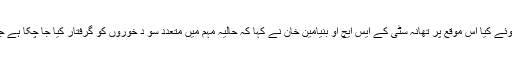
ان خیالات کا اظہار انہوں نے میڈیا کے نمائندوں سے گفتگو کرتے ہوئے کیا اس موقع پر تھانہ سٹی کے ایس ایچ او بنیامین خان نے کہا کہ حالیہ مہم میں متعدد سو د خوروں کو گرفتار کیا جا چکا ہے جن کے خلاف سود ایکٹ کے مطابق مقدمات درج کئے جا چکے ہیں۔